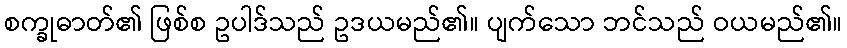
စက္ခုဓာတ်၏ ဖြစ်စ ဥပါဒ်သည် ဥဒယမည်၏။ ပျက်သော ဘင်သည် ဝယမည်၏။